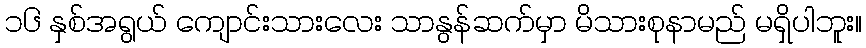
၁၆ နှစ်အရွယ် ကျောင်းသားလေး သာနွန်ဆက်မှာ မိသားစုနာမည် မရှိပါဘူး။